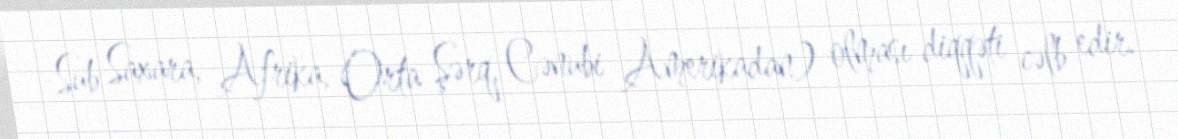
-Sub Saxara, Afrika, Orta Şərq, Cənubi Amerikadan) olması diqqəti cəlb edir.